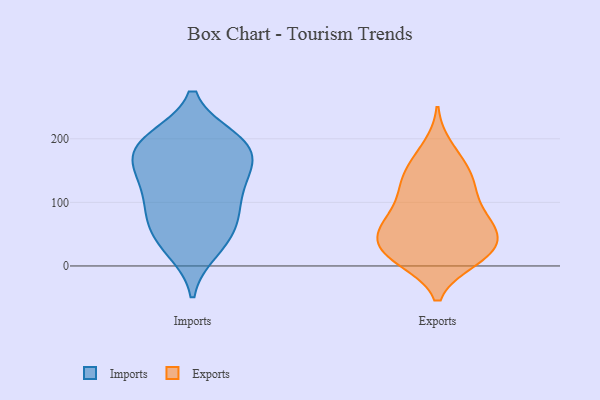
{"axis": {"x": "Production Output", "y": "Value"}, "legend": ["Exports", "Imports"], "data": [{"x": "", "y": 111, "type": "Imports"}, {"x": "", "y": 186, "type": "Imports"}, {"x": "", "y": 199, "type": "Imports"}, {"x": "", "y": 33, "type": "Imports"}, {"x": "", "y": 78, "type": "Imports"}, {"x": "", "y": 200, "type": "Imports"}, {"x": "", "y": 130, "type": "Imports"}, {"x": "", "y": 52, "type": "Imports"}, {"x": "", "y": 150, "type": "Imports"}, {"x": "", "y": 157, "type": "Imports"}, {"x": "", "y": 191, "type": "Imports"}, {"x": "", "y": 25, "type": "Imports"}, {"x": "", "y": 93, "type": "Imports"}, {"x": "", "y": 190, "type": "Imports"}, {"x": "", "y": 72, "type": "Imports"}, {"x": "", "y": 151, "type": "Imports"}, {"x": "", "y": 148, "type": "Exports"}, {"x": "", "y": 60, "type": "Exports"}, {"x": "", "y": 66, "type": "Exports"}, {"x": "", "y": 33, "type": "Exports"}, {"x": "", "y": 63, "type": "Exports"}, {"x": "", "y": 186, "type": "Exports"}, {"x": "", "y": 139, "type": "Exports"}, {"x": "", "y": 165, "type": "Exports"}, {"x": "", "y": 20, "type": "Exports"}, {"x": "", "y": 104, "type": "Exports"}, {"x": "", "y": 126, "type": "Exports"}, {"x": "", "y": 37, "type": "Exports"}, {"x": "", "y": 89, "type": "Exports"}, {"x": "", "y": 122, "type": "Exports"}, {"x": "", "y": 11, "type": "Exports"}, {"x": "", "y": 58, "type": "Exports"}, {"x": "", "y": 61, "type": "Exports"}, {"x": "", "y": 10, "type": "Exports"}, {"x": "", "y": 14, "type": "Exports"}, {"x": "", "y": 21, "type": "Exports"}]}